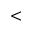
<